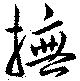
撫